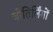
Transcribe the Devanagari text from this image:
जोतिर्लिंगों